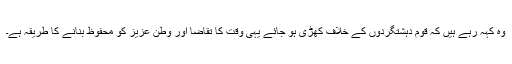
وہ کہہ رہے ہیں کہ قوم دہشتگردوں کے خلاف کھڑی ہو جائے یہی وقت کا تقاضا اور وطن عزیز کو محفوظ بنانے کا طریقہ ہے۔